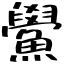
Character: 鱟